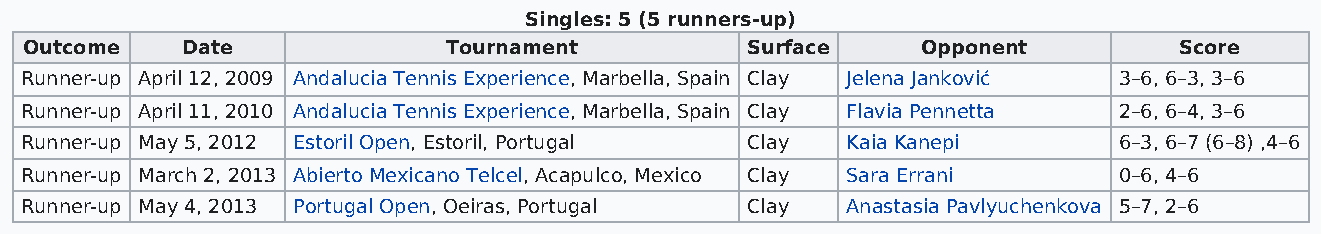
Singles: 5 (5 runners-up)
 Outcome   Date              Tournament         Surface     Opponent         Score
 Runner-up April 12, 2009 Andalucia Tennis Experience, Marbella, Spain Clay Jelena Janković 3–6, 6–3, 3–6
 Runner-up April 11, 2010 Andalucia Tennis Experience, Marbella, Spain Clay Flavia Pennetta 2–6, 6–4, 3–6
 Runner-up May 5, 2012 Estoril Open, Estoril, Portugal Clay Kaia Kanepi   6–3, 6–7 (6–8) ,4–6
 Runner-up March 2, 2013 Abierto Mexicano Telcel, Acapulco, Mexico Clay Sara Errani 0–6, 4–6
 Runner-up May 4, 2013 Portugal Open, Oeiras, Portugal Clay Anastasia Pavlyuchenkova 5–7, 2–6